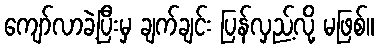
ကျော်လာခဲ့ပြီးမှ ချက်ချင်း ပြန်လှည့်လို့ မဖြစ်။